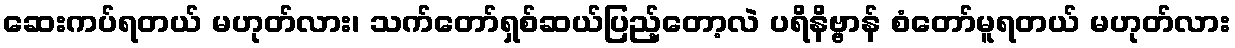
ဆေးကပ်ရတယ် မဟုတ်လား၊ သက်တော်ရှစ်ဆယ်ပြည့်တော့လဲ ပရိနိဗ္ဗာန် စံတော်မူရတယ် မဟုတ်လား